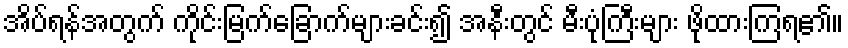
အိပ်ရန်အတွက် ကိုင်းမြက်ခြောက်များခင်း၍ အနီးတွင် မီးပုံကြီးများ ဖိုထားကြရ၏။